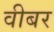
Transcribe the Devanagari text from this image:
वीबर